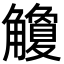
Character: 觼